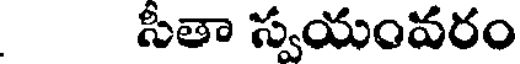
సీతా స్వయంవరం